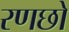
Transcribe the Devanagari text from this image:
रणछो